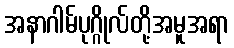
အနာဂါမ်ပုဂ္ဂိုလ်တို့အမူအရာ